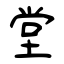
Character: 堂